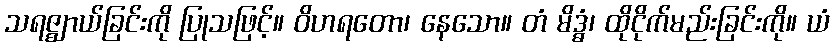
သရဇ္ဈာယ်ခြင်းကို ပြုသဖြင့်။ ဝိဟရတော၊ နေသော။ တံ မိဒ္ဓံ၊ ထိုငိုက်မည်းခြင်းကို။ ယံ